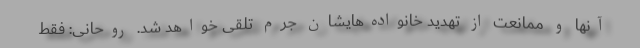
آنها و ممانعت از تهدید خانواده‌هایشان جرم تلقی خواهد شد. روحانی: فقط